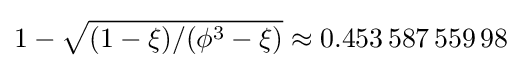
1-{\sqrt {(1-\xi )/(\phi ^{3}-\xi )}}\approx 0.453\,587\,559\,98